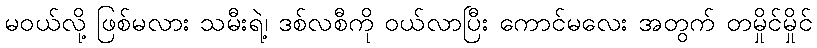
မဝယ်လို့ ဖြစ်မလား သမီးရဲ့၊ ဒစ်လစီကို ဝယ်လာပြီး ကောင်မလေး အတွက် တမှိုင်မှိုင်